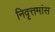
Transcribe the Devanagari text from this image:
निवृत्तमांस